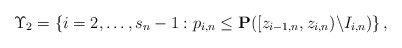
\begin{align*}\Upsilon _{2}=\left\{ i=2,\ldots ,s_{n}-1:p_{i,n}\leq {\bf P}([z_{i-1,n},z_{i,n})\backslash I_{i,n})\right\} , \end{align*}